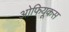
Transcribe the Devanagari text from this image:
ओफियूकस